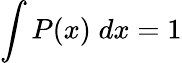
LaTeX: \int P(x)\; dx=1